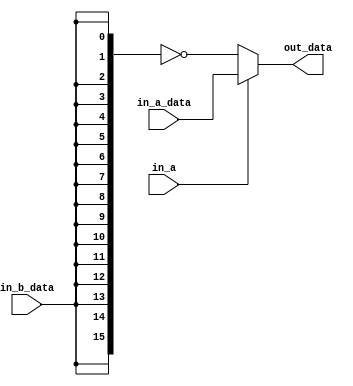
module Multiple_Choice_Selector1(
    input               in_a,    //
    input               [15:0] in_a_data  ,    //50Mhz
    input               in_b_data,    //

    output reg        [15:0]   out_data           //LED
    );
    
always@(*)
begin

    if(in_a==1)
            out_data<=in_a_data;
    else
            out_data<=~{16{in_b_data}};;
end
 
    
     
/*always @(*) begin
         out_clk<=in_a_clk;
         out_data<=in_a_data;
    if(in_a==1)
        begin
         out_clk<=in_a_clk;
         out_data<=in_a_data;
        end
    else if(in_b==1)
        begin
         out_clk<=in_b_clk;
         out_data<=~{16{in_b_data}};
        end */
    /*else 
        begin
         out_clk<=out_clk;
         out_data<=out_data;
         end  
        
end*/
/*always@(posedge clk or negedge rst_n)
begin
	if(!rst_n)
    begin
		out_clk<=in_b_clk;
        out_data<=in_b_data;
    end
	else if(in_a==1)
        begin
         out_clk<=in_b_clk;
         out_data<=in_b_data;
        end
	else
        begin
            out_a <= out_a;
            out_b <= out_b;
        end
end*/

endmodule